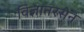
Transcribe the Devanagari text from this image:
विज्ञानरसेन